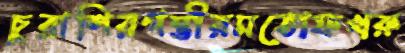
চুরাশিরগম্ভীরমতোফখরু